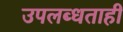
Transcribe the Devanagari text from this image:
उपलब्धताही